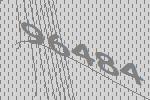
96484